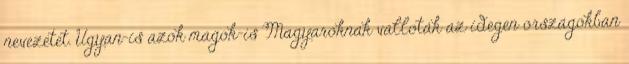
nevezetet. Ugyan-is azok magok-is Magyaroknak valloták az idegen országokban